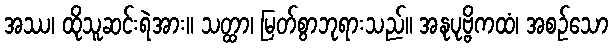
အဿ၊ ထိုသူဆင်းရဲအား။ သတ္ထာ၊ မြတ်စွာဘုရားသည်။ အနုပုဗ္ဗိကထံ၊ အစဉ်သော